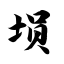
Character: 埙